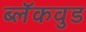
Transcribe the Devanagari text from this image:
ब्लॅकवुड